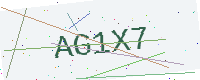
Text: AG1X7